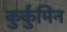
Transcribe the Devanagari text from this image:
कुर्कुमिन